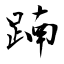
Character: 𨂾